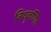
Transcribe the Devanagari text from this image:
निध्रुवणित